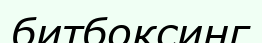
битбоксинг